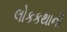
લોકકથાની